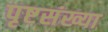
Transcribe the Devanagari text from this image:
पृष्टसंख्या